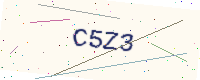
Text: C5Z3